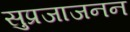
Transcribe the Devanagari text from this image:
सुप्रजाजनन